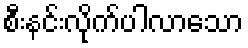
စီးနင်းလိုက်ပါလာသော